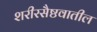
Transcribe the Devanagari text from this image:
शरीरसैष्ठवातील